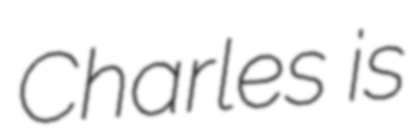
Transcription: Charles is